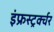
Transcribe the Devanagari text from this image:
इंफ्रस्ट्रर्क्चर